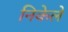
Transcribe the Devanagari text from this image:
निकेले